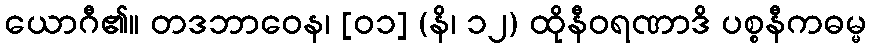
ယောဂီ၏။ တဒဘာဝေန၊ [၀၁] (နိ၊ ၁၂) ထိုနီဝရဏာဒိ ပစ္စနီကဓမ္မ